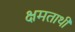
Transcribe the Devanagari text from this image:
क्षमताथी